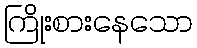
ကြိုးစားနေသော